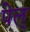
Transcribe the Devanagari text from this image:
पेल्